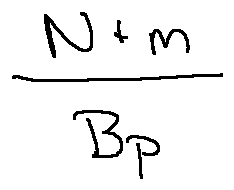
\frac { N + m } { B _ { p } }